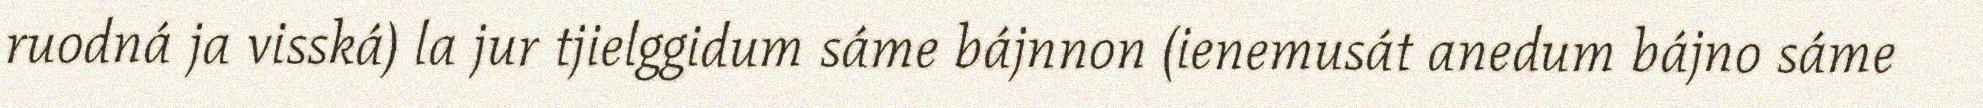
ruodná ja visská) la jur tjielggidum sáme bájnnon (ienemusát anedum bájno sáme